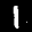
Label: 1